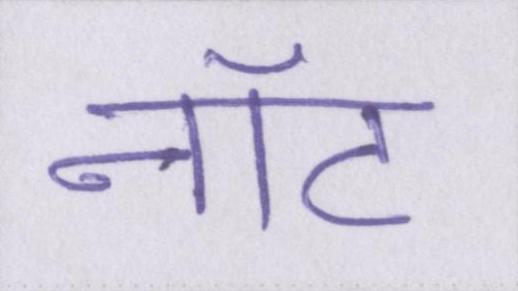
नॉट